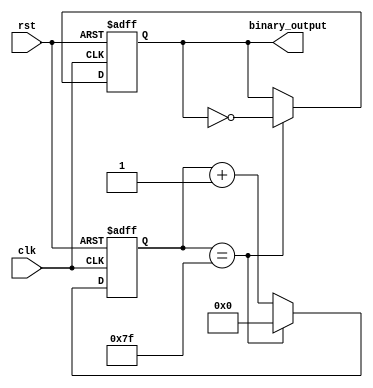
module binary_clock_divider(
    input wire clk,
    input wire rst,
    output reg binary_output
);

reg [7:0] counter; // Assuming 8-bit counter

parameter THRESHOLD = 127; // Pre-defined threshold

always @(posedge clk or posedge rst) begin
    if (rst) begin
        counter <= 0;
        binary_output <= 0;
    end else begin
        if (counter == THRESHOLD) begin
            counter <= 0;
            binary_output <= ~binary_output; // Toggle binary output signal
        end else begin
            counter <= counter + 1; // Increment counter
        end
    end
end

endmodule